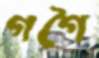
গগৈ